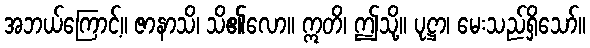
အဘယ်ကြောင့်။ ဇာနာသိ၊ သိ၏လော။ ဣတိ၊ ဤသို့။ ပုဋ္ဌာ၊ မေးသည်ရှိသော်။